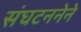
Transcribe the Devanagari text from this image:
संघटननेने